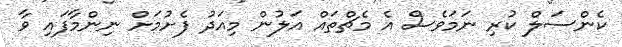
ކެންސަލް ކުރި ނަމަވެސް އެ މެޗްތައް އަލުން މިއަދު ފެށުމަށް ނިންމާފައި ވާ